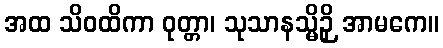
အထ သိဝထိကာ ဝုတ္တာ၊ သုသာနသ္မိဉှိ အာမကေ။